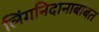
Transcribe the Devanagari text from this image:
लिंगनिदानाबाबत